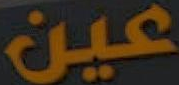
عين